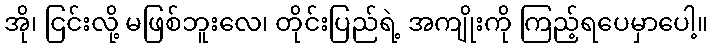
အို၊ ငြင်းလို့ မဖြစ်ဘူးလေ၊ တိုင်းပြည်ရဲ့ အကျိုးကို ကြည့်ရပေမှာပေါ့။